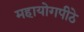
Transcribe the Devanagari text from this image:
महायोगपीठे